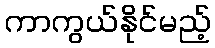
ကာကွယ်နိုင်မည့်